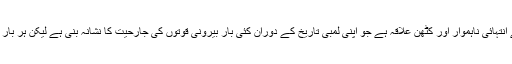
یمن کی سرزمین جغرافیائی اعتبار سے انتہائی ناہموار اور کٹھن علاقہ ہے جو اپنی لمبی تاریخ کے دوران کئی بار بیرونی قوتوں کی جارحیت کا نشانہ بنی ہے لیکن ہر بار جارح قوت کے دانت کھٹے ہوئے ہیں۔